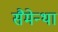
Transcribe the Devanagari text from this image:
सैमेन्था